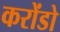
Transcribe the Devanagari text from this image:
करोंडो